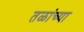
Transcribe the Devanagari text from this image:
तळांच्या